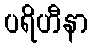
ပရိဟီနာ